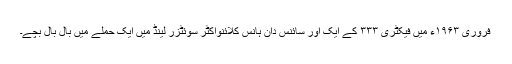
فروری ۱۹۶۳ء میں فیکٹری ۳۳۳ کے ایک اور سائنس دان ہانس کلائنواکٹر سوئٹزر لینڈ میں ایک حملے میں بال بال بچے۔